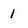
Character: 1